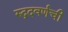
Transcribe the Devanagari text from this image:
रुद्रदवर्णची